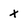
Character: x